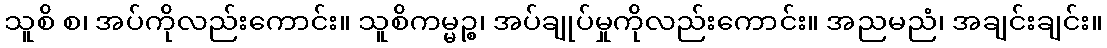
သူစိ စ၊ အပ်ကိုလည်းကောင်း။ သူစိကမ္မဉ္စ၊ အပ်ချုပ်မှုကိုလည်းကောင်း။ အညမညံ၊ အချင်းချင်း။